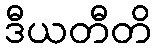
ဒီယတီတိ